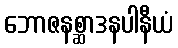
ဘောဇနစ္ဆာဒနပါနီယံ